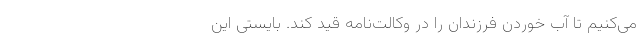
می‌کنیم تا آب خوردن فرزندان را در وکالت‌نامه قید کند. بایستی این